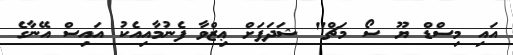
އައި މިސްޑް ޔޫ ސޯ މަޗް" ޝަދަފަށް ޢިޒްވާ ފެނުމާއިއެކު އައިސް އޭނާގެ